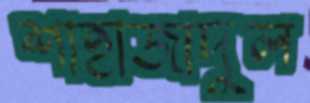
শাহাজাদুল